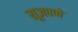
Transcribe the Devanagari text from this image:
सूज्ञपणे